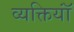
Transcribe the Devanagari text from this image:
व्यक्तियॉं